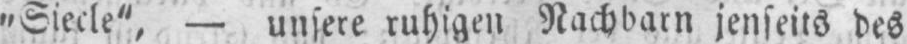
„Siecle“, - unsere ruhigen Nachbarn jenseits des